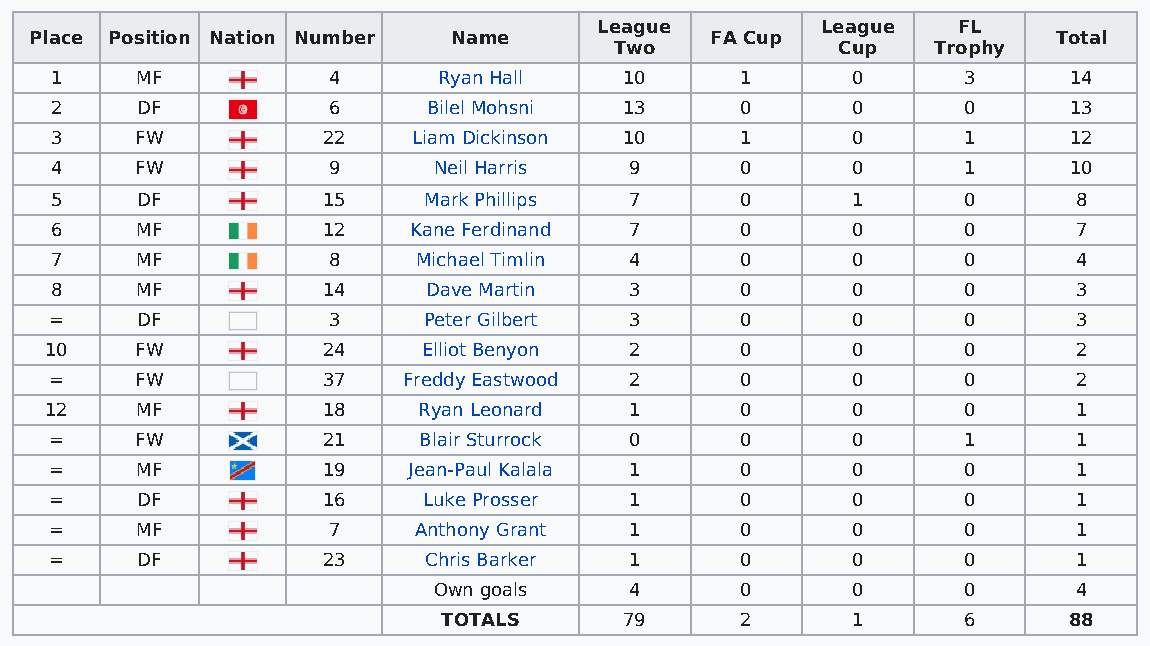
League        League   FL
 Place Position Nation Number Name            FA Cup                 Total
 Two            Cup   Trophy
 1     MF           4      Ryan Hall   10      1      0       3      14
 2     DF           6     Bilel Mohsni 13      0      0       0      13
 3     FW          22    Liam Dickinson 10     1      0       1      12
 4     FW           9      Neil Harris  9      0      0       1      10
 5     DF          15     Mark Phillips 7      0      1       0      8
 6     MF          12    Kane Ferdinand 7      0      0       0      7
 7     MF           8     Michael Timlin 4     0      0       0      4
 8     MF          14     Dave Martin   3      0      0       0      3
 =     DF           3     Peter Gilbert 3      0      0       0      3
 10    FW          24     Elliot Benyon 2      0      0       0      2
 =     FW          37    Freddy Eastwood 2     0      0       0      2
 12    MF          18     Ryan Leonard  1      0      0       0      1
 =     FW          21     Blair Sturrock 0     0      0       1      1
 =     MF          19    Jean-Paul Kalala 1    0      0       0      1
 =     DF          16     Luke Prosser  1      0      0       0      1
 =     MF           7    Anthony Grant  1      0      0       0      1
 =     DF          23     Chris Barker  1      0      0       0      1
 Own goals    4      0      0       0      4
 TOTALS      79      2      1       6      88